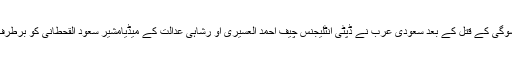
غیرملکی خبر رساں ایجنسی اے ایف پی کی رپورٹ کے مطابق جمال خشوگی کے قتل کے بعد سعودی عرب نے ڈپٹی انٹلیجنس چیف احمد العسیری او رشاہی عدالت کے میڈیامشیر سعود القحطانی کو برطرف کردیا‘ جو سعودی ولی عہد محمدبن سلمان کے بہت قریبی ساتھی تھے۔